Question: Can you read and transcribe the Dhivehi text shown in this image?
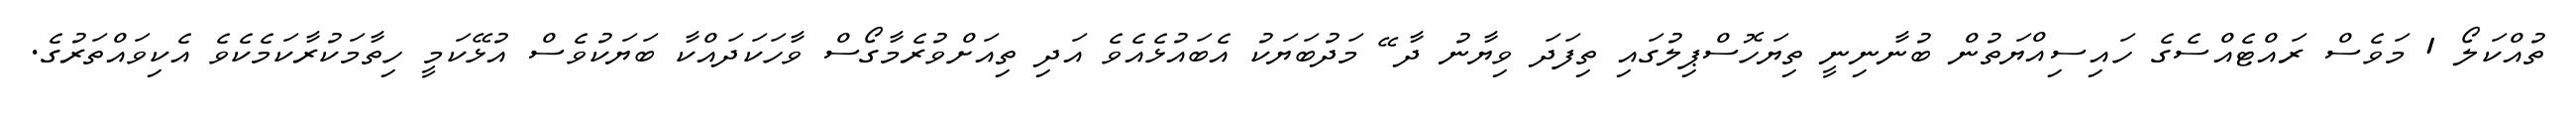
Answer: ތުއްކަލޯ 1 މަވެސް ރައްޓެއްސެގެ ހައިސިއްޔަތުން ބުނާނިނީ ތިޔަހޮސްޕިލުގައި ތިފަދަ ވިޔާނު ދާ ޭ މަދުބަޔަކު އެބައުޅެއެވެ އަދި ތިއަށްވުރެމާގޯސް ވާހަކަދައްކާ ބަޔަކުވެސް އުޅޭކަމީ ހިތާމަކުރާކަމެކެވެ އެކިވައްތަރުގެ.